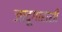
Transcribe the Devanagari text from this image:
जादूगाराशी